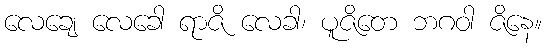
လေချေ လေခေါ ရာဇိ လေခါ၊ ပူဇိတေ ဘဂဝါ ဇိနေ။